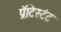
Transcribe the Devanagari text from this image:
प्रॅाटेस्टंट